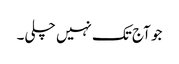
جو آج تک نہیں چلی۔